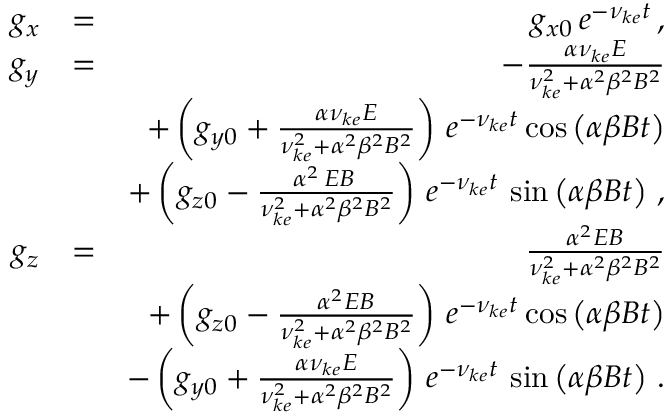
\begin{array} { r l r } { g _ { x } } & { = } & { g _ { x 0 } \, e ^ { - \nu _ { k e } t } \, , } \\ { g _ { y } } & { = } & { - \frac { \alpha \nu _ { k e } E } { \nu _ { k e } ^ { 2 } + \alpha ^ { 2 } \beta ^ { 2 } B ^ { 2 } } } \\ & { } & { + \left( g _ { y 0 } + \frac { \alpha \nu _ { k e } E } { \nu _ { k e } ^ { 2 } + \alpha ^ { 2 } \beta ^ { 2 } B ^ { 2 } } \right) \, e ^ { - \nu _ { k e } t } \cos \left( \alpha \beta B t \right) } \\ & { } & { + \left( g _ { z 0 } - \frac { \alpha ^ { 2 } \, E B \, } { \nu _ { k e } ^ { 2 } + \alpha ^ { 2 } \beta ^ { 2 } B ^ { 2 } } \right) \, e ^ { - \nu _ { k e } t } \, \sin \left( \alpha \beta B t \right) \, , } \\ { g _ { z } } & { = } & { \frac { \alpha ^ { 2 } E B } { \nu _ { k e } ^ { 2 } + \alpha ^ { 2 } \beta ^ { 2 } B ^ { 2 } } } \\ & { } & { + \left( g _ { z 0 } - \frac { \alpha ^ { 2 } E B } { \nu _ { k e } ^ { 2 } + \alpha ^ { 2 } \beta ^ { 2 } B ^ { 2 } } \right) \, e ^ { - \nu _ { k e } t } \cos \left( \alpha \beta B t \right) } \\ & { } & { - \left( g _ { y 0 } + \frac { \alpha \nu _ { k e } E } { \nu _ { k e } ^ { 2 } + \alpha ^ { 2 } \beta ^ { 2 } B ^ { 2 } } \right) \, e ^ { - \nu _ { k e } t } \, \sin \left( \alpha \beta B t \right) \, . } \end{array}